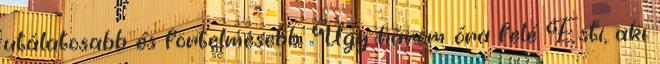
utálatosabb és förtelmesebb. Úgy három óra felé Esti, aki